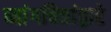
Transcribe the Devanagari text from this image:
व्यांगचित्रांद्वारे